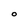
Character: O